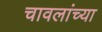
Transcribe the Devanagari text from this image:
चावलांच्या